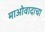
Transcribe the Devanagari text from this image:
माओवादाचा